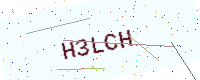
Text: H3LCH